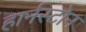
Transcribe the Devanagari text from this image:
हार्नस्टोन